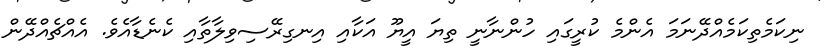
ނިކަމެތިކަމެއްދޭނަމަ އެންމެ ކުރީގައި ހުންނާނީ ތިޔަ އީޔޫ އަކާއި އިނގިރޭސިވިލާތާއި ކެނެޑާއެވެ. އެއްޗެއްދޭން